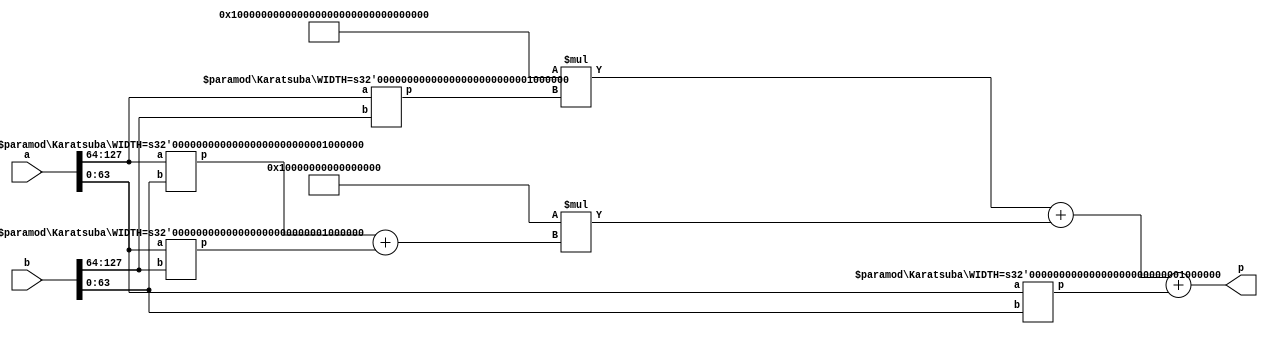
module Karatsuba
#(parameter WIDTH = 128)(
input [WIDTH-1:0] a,
input [WIDTH-1:0] b,
//input enable,
output [2*WIDTH-1:0] p
);

generate 

if (WIDTH == 1)begin
    assign p = a & b;    
end

else begin
    wire [WIDTH-1:0] p1,p2,p3,p4;
    Karatsuba #(.WIDTH(WIDTH/2))Karatsuba1(.a(a[WIDTH-1:WIDTH/2]),.b(b[WIDTH-1:WIDTH/2]),.p(p1));
    Karatsuba #(.WIDTH(WIDTH/2))Karatsuba2(.a(a[WIDTH/2-1:0]),.b(b[WIDTH/2-1:0]),.p(p2));
    Karatsuba #(.WIDTH(WIDTH/2))Karatsuba3(.a(a[WIDTH-1:WIDTH/2]),.b(b[WIDTH/2-1:0]),.p(p3));
    Karatsuba #(.WIDTH(WIDTH/2))Karatsuba4(.a(a[WIDTH/2-1:0]),.b(b[WIDTH-1:WIDTH/2]),.p(p4));
    assign p = (2**WIDTH)*p1 + (2**(WIDTH/2))*(p3 + p4) + p2; 
end

endgenerate
endmodule